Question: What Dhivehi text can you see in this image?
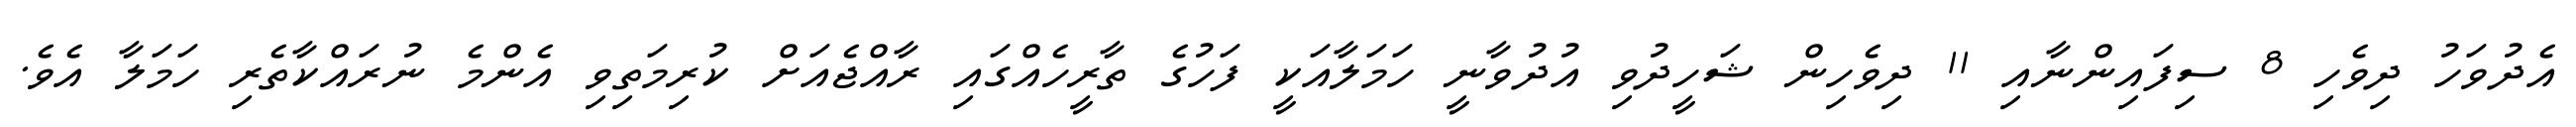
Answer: އެދުވަހު ދިވެހި 8 ސިފައިންނާއި 11 ދިވެހިން ޝަހީދުވި އުދުވާނީ ހަމަލާއަކީ ފަހުގެ ތާރީހެއްގައި ރާއްޖެއަށް ކުރިމަތިވި އެންމެ ނުރައްކާތެރި ހަމަލާ އެވެ.